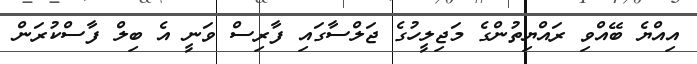
އިއްޔެ ބޭއްވި ރައްޔިތުންގެ މަޖިލީހުގެ ޖަލްސާގައި ފާރިސް ވަނީ އެ ބިލް ފާސްކުރަން